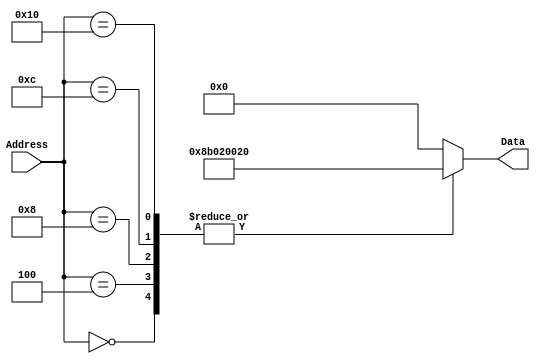
`timescale 1ns / 1ps
/*
 * Module: InstructionMemory
 *
 * Implements read-only instruction memory
 *
 */
module InstructionMemory(Data, Address);
    
    parameter T_rd = 20;
    parameter MemSize = 40;
    
    output [31:0] Data;
    input [63:0]  Address;
    reg [31:0]     Data;
    always @ (Address) begin
        $display("InstructionMemory: data = %h", Data);
        case(Address)
		63'h0 : Data = 32'h8b020020;
		63'h4 : Data = 32'h8b020020;
		63'h8 : Data = 32'h8b020020;
		63'hc : Data = 32'h8b020020;
		63'h10 : Data = 32'h8b020020;
		default : Data = 32'h00000000;
	endcase
end

endmodule